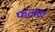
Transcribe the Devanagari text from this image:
फतावा